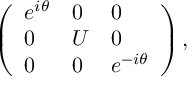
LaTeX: \left( \begin{array} { l l l } { { e ^ { i \theta } } } & { { 0 } } & { { 0 } } \\ { { 0 } } & { { U } } & { { 0 } } \\ { { 0 } } & { { 0 } } & { { e ^ { - i \theta } } } \end{array} \right) ,